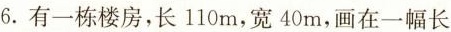
6.有一栋楼房，长110m，宽40m，画在一幅长